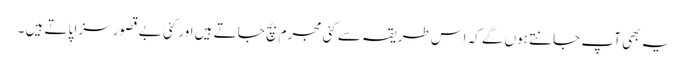
یہ بھی آپ جانتے ہوں گے کہ اس طریقہ سے کئی مجرم بچ جاتے ہیں اور کئی بے قصور سزا پاتے ہیں ۔